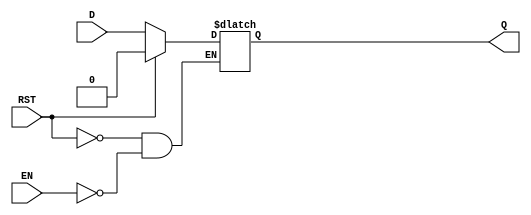
module async_register (
    input wire D,        // Data input
    input wire EN,       // Enable signal
    input wire RST,      // Asynchronous reset
    output reg Q         // Data output
);

    // Always block to handle asynchronous reset and data input capture
    always @(*) begin
        if (RST) begin
            Q <= 1'b0;      // Set output to 0 when reset is asserted
        end else if (EN) begin
            Q <= D;         // Capture the data input when enabled
        end
        // If RST is low and EN is low, Q retains its previous value
    end

endmodule